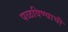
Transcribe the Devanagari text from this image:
पळविण्याची